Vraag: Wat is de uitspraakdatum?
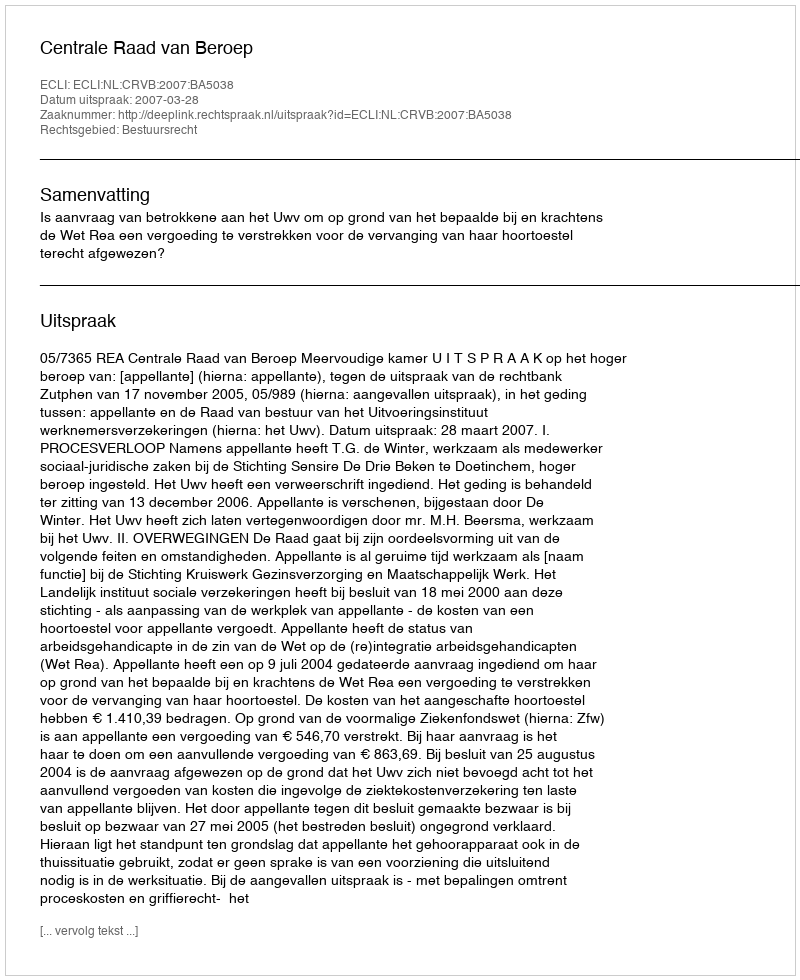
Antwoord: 2007-03-28